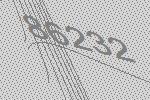
86232